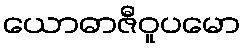
ယောဓာဇီဝူပမော